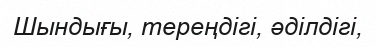
Шындығы, тереңдігі, әділдігі,